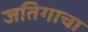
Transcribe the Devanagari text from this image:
जतिगाचा